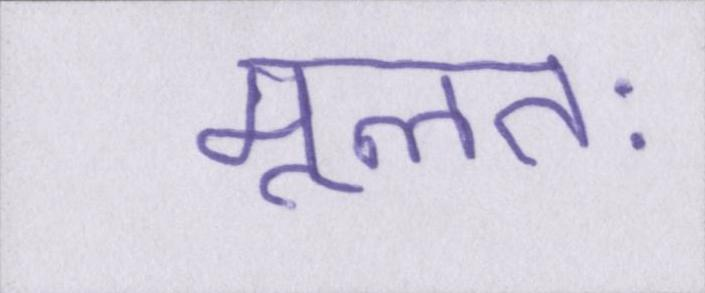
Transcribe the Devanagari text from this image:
मूलतः